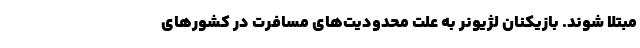
مبتلا شوند. بازیکنان لژیونر به علت محدودیت‌های مسافرت در کشورهای